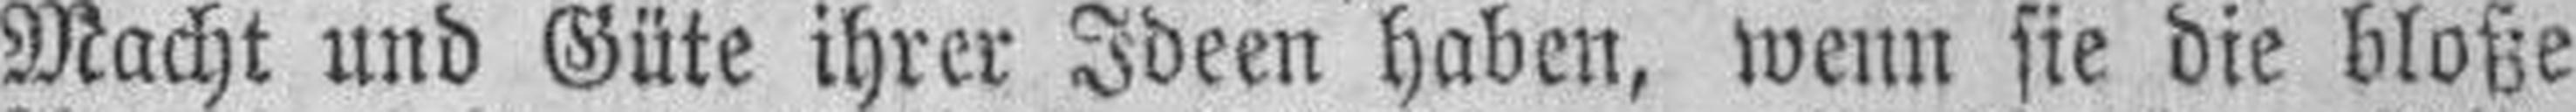
Macht und Güte ihrer Ideen haben, wenn sie die bloße